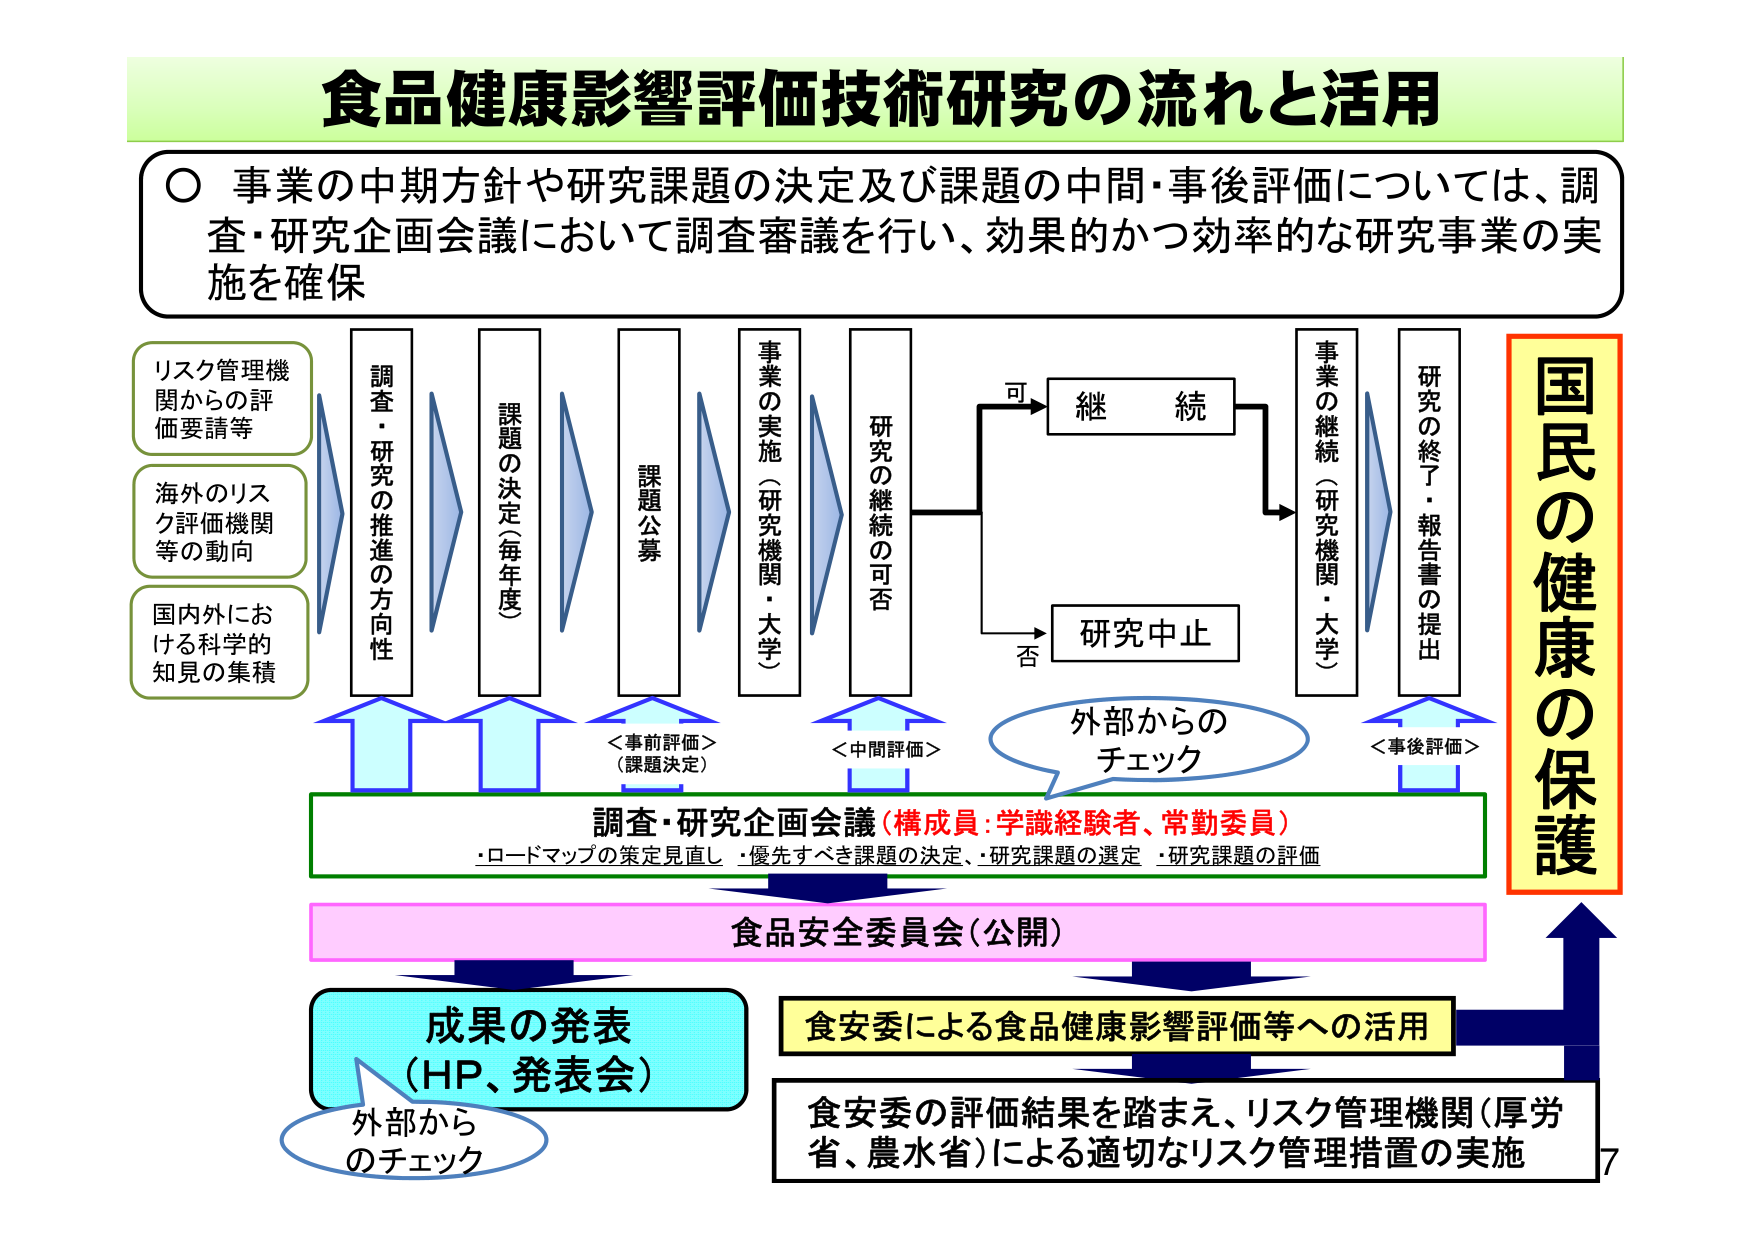
食品健康影響評価技術研究の流れと活用

○ 事業の中期方針や研究課題の決定及び課題の中間・事後評価については、調査・研究企画会議において調査審議を行い、効果的かつ効率的な研究事業の実施を確保

リスク管理機関からの評価要請等
海外のリスク評価機関等の動向
国内外における科学的知見の集積

調査・研究の推進の方向性
課題の決定（毎年度）
課題公募
事業の実施（研究機関・大学）
研究の継続の可否

可 → 継続
否 → 研究中止

事業の継続（研究機関・大学）
研究の終了・報告書の提出

＜事前評価＞（課題決定）
＜中間評価＞
＜事後評価＞

外部からのチェック

調査・研究企画会議（構成員：学識経験者、常勤委員）
・ロードマップの策定見直し・優先すべき課題の決定、・研究課題の選定・研究課題の評価

食品安全委員会（公開）

成果の発表（HP、発表会）
外部からのチェック

食安委による食品健康影響評価等への活用

食安委の評価結果を踏まえ、リスク管理機関（厚労省、農水省）による適切なリスク管理措置の実施

国民の健康の保護

7